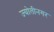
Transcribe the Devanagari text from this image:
ज्योतीनगर